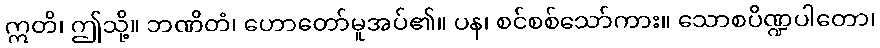
ဣတိ၊ ဤသို့။ ဘဏိတံ၊ ဟောတော်မူအပ်၏။ ပန၊ စင်စစ်သော်ကား။ သောစပိဏ္ဍပါတော၊